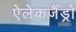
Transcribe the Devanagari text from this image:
ऐलेकजैंड्रो